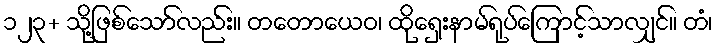
၁၂၃+ သို့ဖြစ်သော်လည်း။ တတောယေဝ၊ ထိုရှေးနာမ်ရုပ်ကြောင့်သာလျှင်။ တံ၊